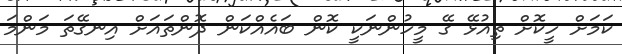
ކަމަށް ހީކޮށް ތިއުޅޭ ގޭ މީހުންނަކީ ކޮން ބައެއްކަން ދޮންތައަށް އިނގޭތަ މަންމަ